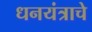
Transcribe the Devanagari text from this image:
धनयंत्राचे